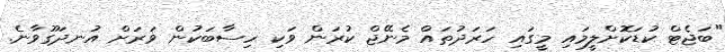
"ބަޖެޓް ކުޑަކޮށްލީމައި މީގައި ހަރަދުތައް މެނޭޖް ކުރަން ވަކި ހިސާބަކުން ވަރަށް އުނދަގޫވާނެ.